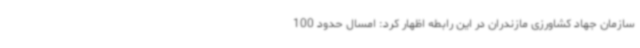
سازمان جهاد کشاورزی مازندران در این رابطه اظهار کرد: امسال حدود 100